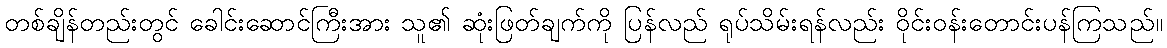
တစ်ချိန်တည်းတွင် ခေါင်းဆောင်ကြီးအား သူ၏ ဆုံးဖြတ်ချက်ကို ပြန်လည် ရုပ်သိမ်းရန်လည်း ဝိုင်းဝန်းတောင်းပန်ကြသည်။